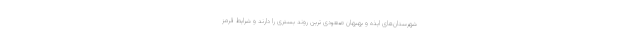
شهرستان‌های ایذه و بهبهان صعودی ترین روند بستری را دارند و شرایط قرمز